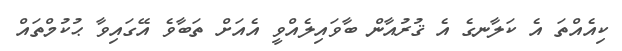
ކިއެއްތަ އެ ކަލާނގެ އެ ޤުރުއާން ބާވައިލެއްވީ އެއަށް ތަބާވެ އޭގައިވާ ޙުކުމްތައް